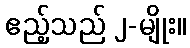
ဧည့်သည် ၂-မျိုး။